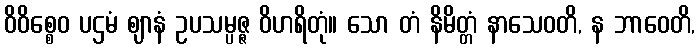
ဝိဝိစ္စေဝ ပဌမံ ဈာနံ ဥပသမ္ပဇ္ဇ ဝိဟရိတုံ။ သော တံ နိမိတ္တံ နာသေဝတိ, န ဘာဝေတိ,